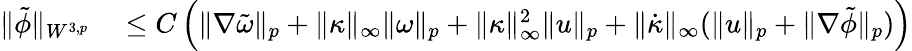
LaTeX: \begin{array}{rl}{\| \tilde{\phi}\| _{W^{3,p}}}&{{}\leq C\left(\| \nabla\tilde{\omega}\| _{p}+\| \kappa\| _{\infty}\| \omega\| _{p}+\| \kappa\| _{\infty}^{2}\| u\| _{p}+\| \dot{\kappa}\| _{\infty}(\| u\| _{p}+\| \nabla\tilde{\phi}\| _{p})\right)}\end{array}